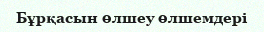
Бұрқасын өлшеу өлшемдері